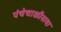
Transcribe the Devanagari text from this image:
पंचेचाळीसवा